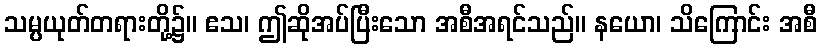
သမ္ပယုတ်တရားတို့၌။ ဧသ၊ ဤဆိုအပ်ပြီးသော အစီအရင်သည်။ နယော၊ သိကြောင်း အစီ